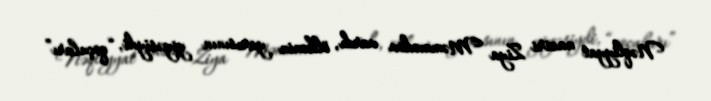
Nəqliyyat naziri Ziya Məmmədov vardı, ölkənin yarısının yiyəsiydi, “qoçuları”